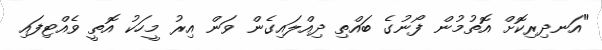
"އަނދިރިކޮށް އޮތުމުން ފޯނުގެ ބައްތި ދިއްލައިގެން ވަން އިރު މީހަކު އޮތީ ވެއްޓިފައި